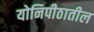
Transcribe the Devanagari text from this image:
योनिपीठातील